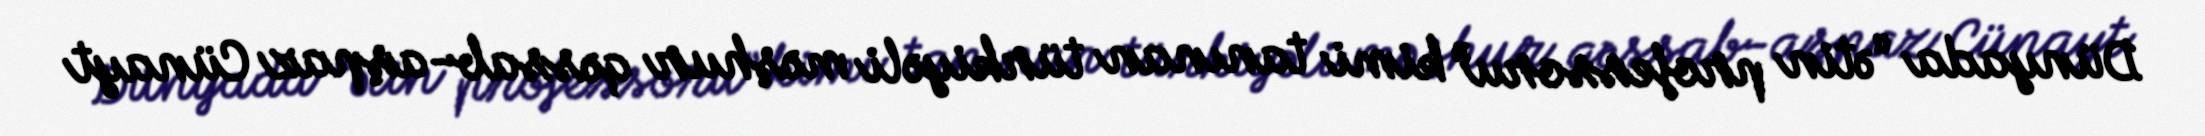
Dünyada “ətin professoru” kimi tanınan türkiyəli məşhur qəssab-aşpaz Cünayt